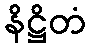
နိဋ္ဌိတံ